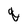
Character: q